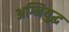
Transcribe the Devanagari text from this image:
अग्नियुद्ध